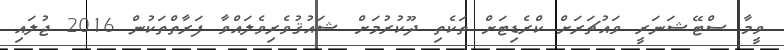
ވީމާ ސްޓޭޝަނަރީ ވައުޗަރަށް ކްރެޑިޓަށް ތަކެތި ދޫކުރުމަށް ޝައުޤުވެރިވެލައްވާ ފަރާތްތަކުން 2016 ޖުލައި